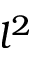
l ^ { 2 }